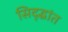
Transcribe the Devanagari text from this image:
सिद्द्धांत